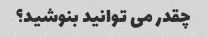
چقدر می توانید بنوشید؟